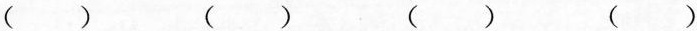
( ) ( ) ( ) ( )